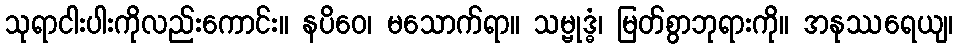
သုရာငါးပါးကိုလည်းကောင်း။ နပိဝေ၊ မသောက်ရာ။ သမ္ဗုဒ္ဓံ၊ မြတ်စွာဘုရားကို။ အနုဿရေယျ၊